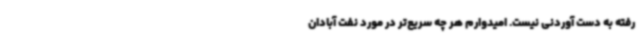
رفته به دست آوردنی نیست. امیدوارم هر چه سریع‌تر در مورد نفت آبادان